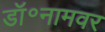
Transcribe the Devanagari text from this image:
डॉ॰नामवर